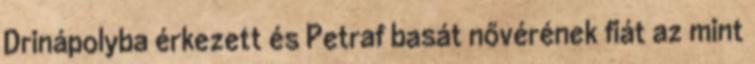
Drinápolyba érkezett és Petraf basát nővérének fiát az mint